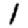
Digit: 1